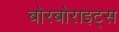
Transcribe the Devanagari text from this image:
बोरबोराइट्स